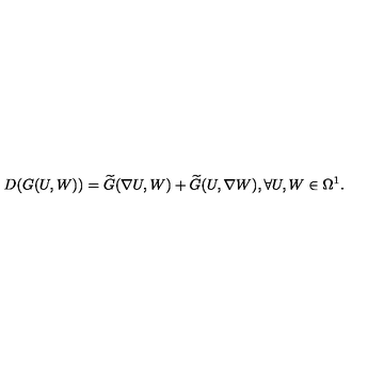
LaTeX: D ( G ( U , W ) ) = \widetilde { G } ( \nabla U , W ) + \widetilde { G } ( U , \nabla W ) , \forall U , W \in \Omega ^ { 1 } .